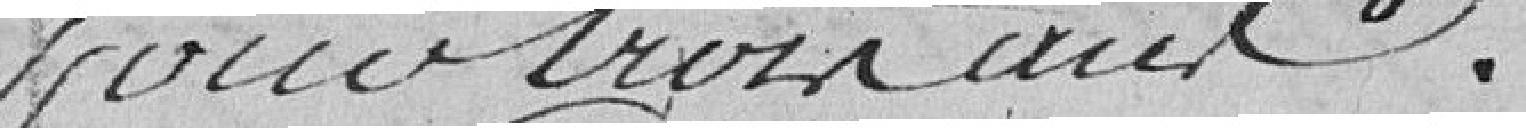
pour trois ans.